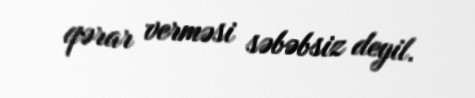
qərar verməsi səbəbsiz deyil.